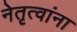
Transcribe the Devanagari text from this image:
नेतृत्वांना